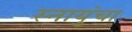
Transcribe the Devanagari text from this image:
स्नायुंचा